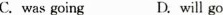
C. was going D. will go